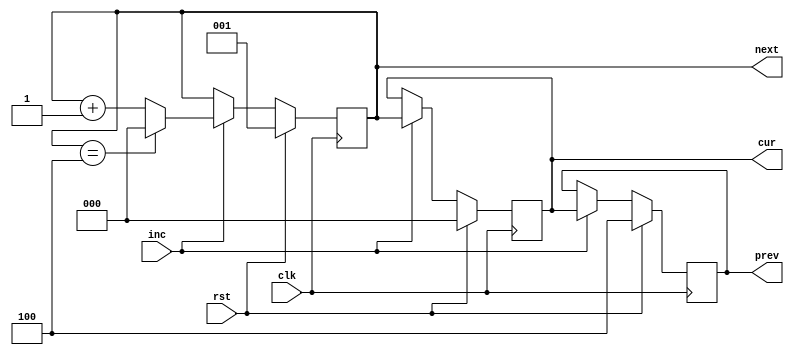
`timescale 1ns/1ns

module counter5(clk, rst, inc, prev, cur, next);

    input clk, rst, inc;
    output reg [2:0] prev, cur, next;

    always @(posedge clk) begin
        if (rst) begin 
            prev <= 3'd4;
            cur <= 3'd0;
            next <= 3'd1;
        end
        else if (inc) begin
            prev <= cur;
            cur <= next;
            if (next == 3'd4)
                next <= 3'd0;
            else
                next <= next + 1;
        end
    end

endmodule